Vaccination North-Western Provinces and Oudh 1878-1895 - 1878-1895
Year: 1878
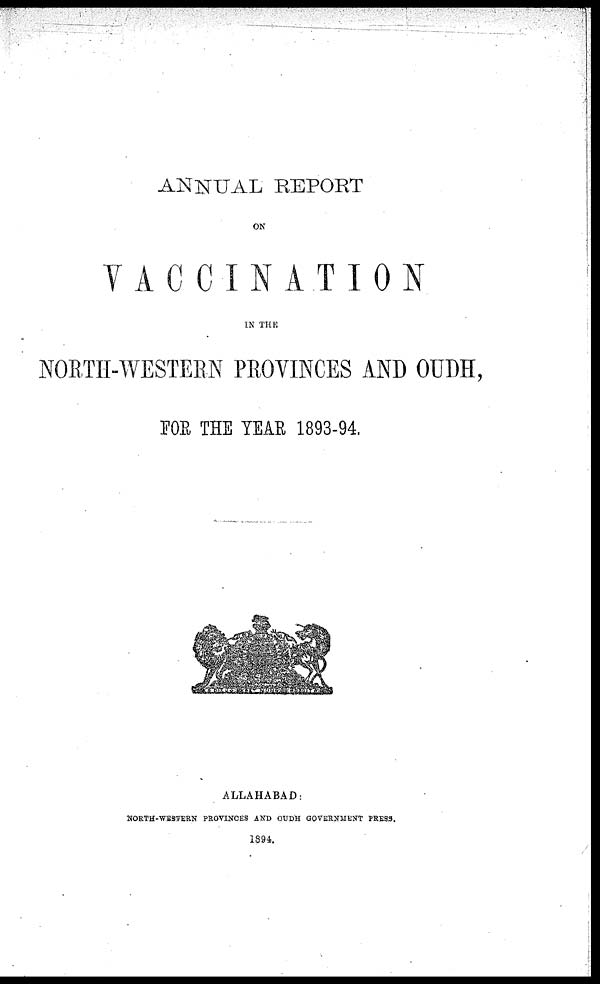
ANNUAL REPORT
ON
VACCINATION
IN THE
NORTH-WESTERN PROVINCES AND OUDH,
FOR THE YEAR 1893-94.
ALLAHABAD:
NORTH-WESTERN PROVINCES AND OUDH GOVERNMENT PRESS.
1894.